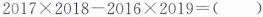
$$2 0 1 7 \times 2 0 1 8 - 2 0 1 6 \times 2 0 1 9 = ( )$$